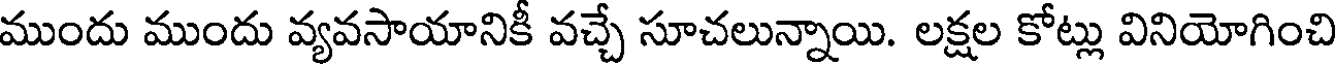
ముందు ముందు వ్యవసాయానికీ వచ్చే సూచలున్నాయి. లక్షల కోట్లు వినియోగించి